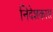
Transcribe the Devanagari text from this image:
निदेशकास